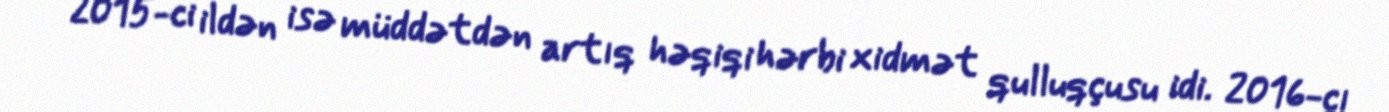
2015-ci ildən isə müddətdən artıq həqiqi hərbi xidmət qulluqçusu idi. 2016-cı